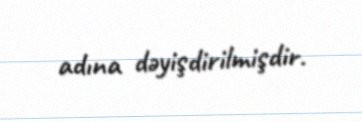
adına dəyişdirilmişdir.